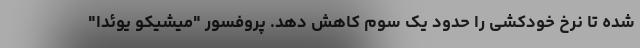
شده تا نرخ خودکشی را حدود یک سوم کاهش دهد. پروفسور "میشیکو یوئدا"